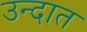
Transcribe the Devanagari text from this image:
उन्दात